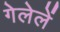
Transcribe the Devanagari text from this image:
गेलेलें